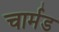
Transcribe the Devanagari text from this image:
चार्मड